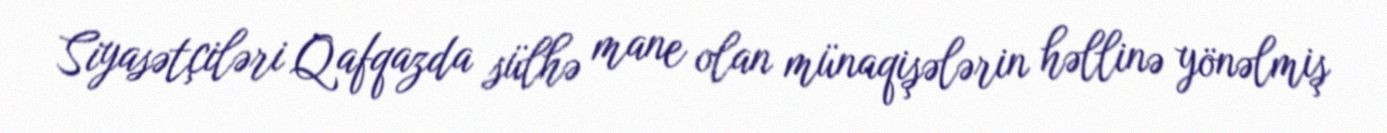
Siyasətçiləri Qafqazda sülhə mane olan münaqişələrin həllinə yönəlmiş